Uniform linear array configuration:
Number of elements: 8
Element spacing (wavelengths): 0.25
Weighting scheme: kaiser
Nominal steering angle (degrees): -45
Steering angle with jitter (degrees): -43.945
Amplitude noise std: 0.05
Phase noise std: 0.05

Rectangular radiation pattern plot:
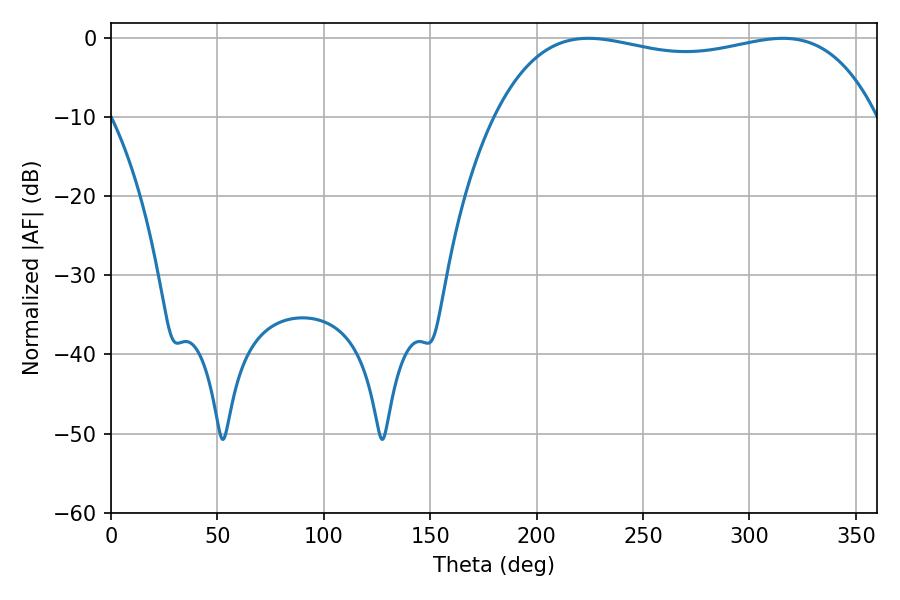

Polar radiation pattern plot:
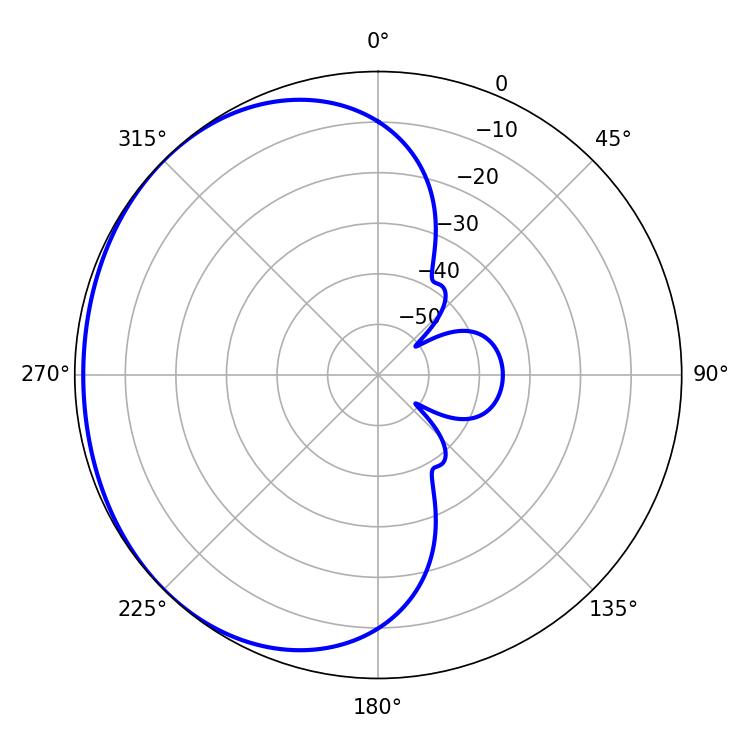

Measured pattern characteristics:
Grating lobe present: FALSE
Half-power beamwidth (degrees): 145.08
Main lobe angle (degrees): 224.28